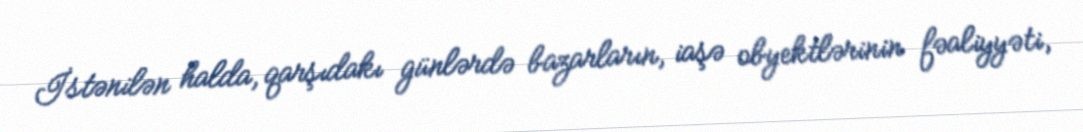
İstənilən halda, qarşıdakı günlərdə bazarların, iaşə obyektlərinin fəaliyyəti,